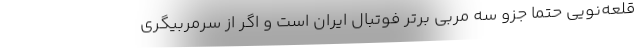
قلعه‌نویی حتما جزو سه مربی برتر فوتبال ایران است و اگر از سرمربیگری